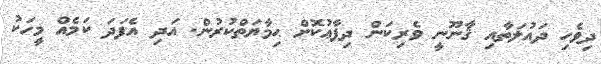
ދިވެހި ދައުލަތާއި ޤާނޫނީ ވެރިކަން ދިފާޢުކޮށް ޙިމާޔަތްކުރުން. އަދި އެފަދަ ކަމެއް މީހަކު